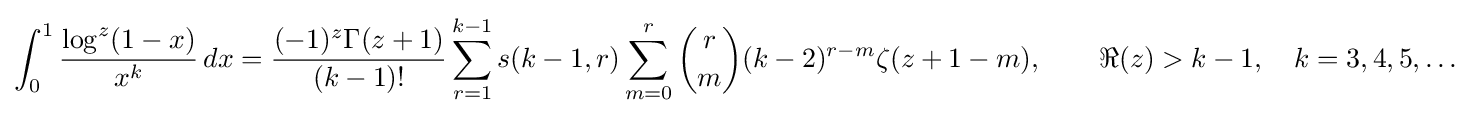
\int _{0}^{1}{\frac {\log ^{z}(1-x)}{x^{k}}}\,dx={\frac {(-1)^{z}\Gamma (z+1)}{(k-1)!}}\sum _{r=1}^{k-1}s(k-1,r)\sum _{m=0}^{r}{\binom {r}{m}}(k-2)^{r-m}\zeta (z+1-m),\qquad \Re (z)>k-1,\quad k=3,4,5,\ldots